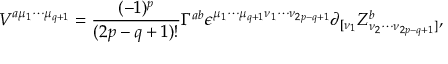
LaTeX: V ^ { a { \mu } _ { 1 } { \cdots } { \mu } _ { q + 1 } } = \frac { ( - 1 ) ^ { p } } { ( 2 p - q + 1 ) ! } { \Gamma } ^ { a b } { \epsilon } ^ { { \mu } _ { 1 } { \cdots } { \mu } _ { q + 1 } { \nu } _ { 1 } { \cdots } { \nu } _ { 2 p - q + 1 } } { \partial } _ { [ { \nu } _ { 1 } } Z _ { { \nu } _ { 2 } { \cdots } { \nu } _ { 2 p - q + 1 } ] } ^ { b } ,